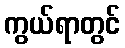
ကွယ်ရာတွင်